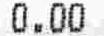
0.00